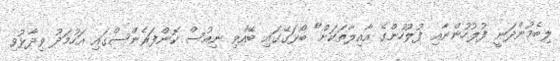
ލިބެމުންދަނީ ފުލުހުންނާއި ފުލުހުންގެ އާއިލާތަކަށް" ބޯޅަގޭގައި ބޭއްވި ނިއުސް ކޮންފަރެންސްގައި އަހުމަދު ވިދާޅުވި